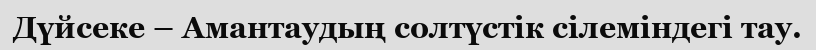
Дүйсеке – Амантаудың солтүстік сілеміндегі тау.